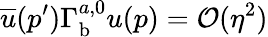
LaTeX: \overline{{u}}(p^{\prime})\Gamma_{\mathrm{b}}^{a,0}u(p)={\cal O}(\eta^{2})